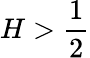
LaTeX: H>\frac 12